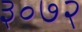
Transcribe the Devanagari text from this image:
३०७२